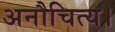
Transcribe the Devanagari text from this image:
अनौचित्य।